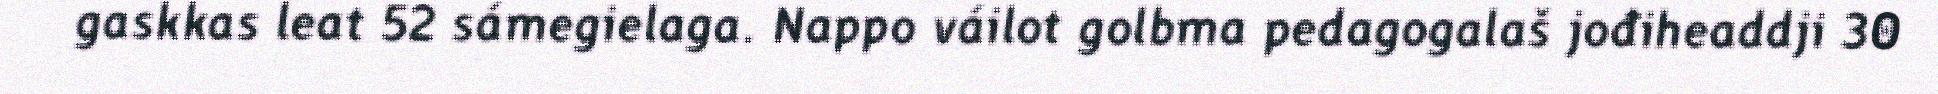
gaskkas leat 52 sámegielaga. Nappo váilot golbma pedagogalaš jođiheaddji 30